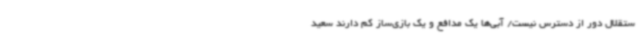
ستقلال دور از دسترس نیست/ آبی‌ها یک مدافع و یک بازی‌ساز کم دارند سعید